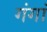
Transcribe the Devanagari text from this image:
गंगां